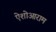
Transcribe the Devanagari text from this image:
ऐशोआराम